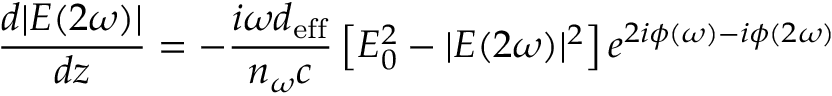
{ \frac { d | E ( 2 \omega ) | } { d z } } = - { \frac { i \omega d _ { \mathrm { e f f } } } { n _ { \omega } c } } \left[ E _ { 0 } ^ { 2 } - | E ( 2 \omega ) | ^ { 2 } \right] e ^ { 2 i \phi ( \omega ) - i \phi ( 2 \omega ) }